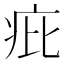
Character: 疪